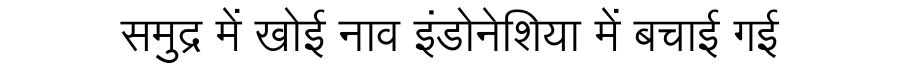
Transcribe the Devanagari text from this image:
समुद्र में खोई नाव इंडोनेशिया में बचाई गई